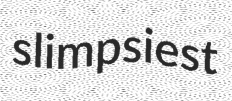
slimpsiest